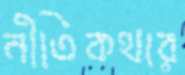
নীতিকথার